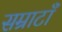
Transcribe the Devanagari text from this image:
सम्राटाँ